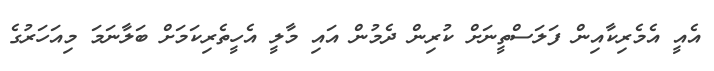
އެއީ އެމެރިކާއިން ފަލަސްތީނަށް ކުރިން ދެމުން އައި މާލީ އެހީތެރިކަމަށް ބަލާނަމަ މިއަހަރުގެ